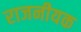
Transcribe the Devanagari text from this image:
राजनीयक